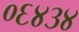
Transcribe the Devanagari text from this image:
०६४३४